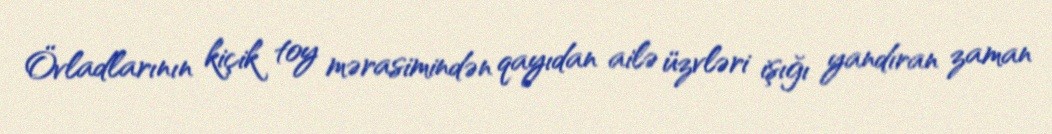
Övladlarının kiçik toy mərasimindən qayıdan ailə üzvləri işığı yandıran zaman